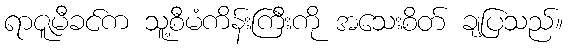
ရာဇူမီခင်က သူ့စီမံကိန်းကြီးကို အသေးစိတ် ချပြသည်။